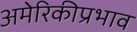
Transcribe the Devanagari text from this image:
अमेरिकीप्रभाव